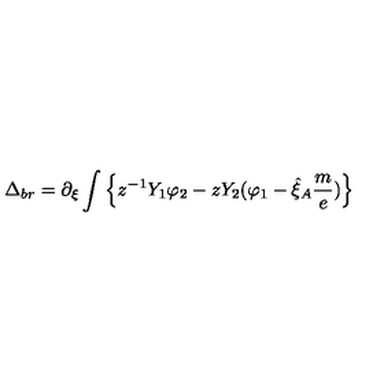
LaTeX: \Delta _ { b r } = \partial _ { \xi } \int \left\{ z ^ { - 1 } Y _ { 1 } \varphi _ { 2 } - z Y _ { 2 } ( \varphi _ { 1 } - \hat { \xi } _ { A } \frac { m } { e } ) \right\}